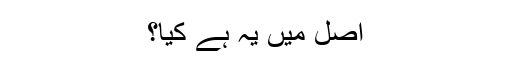
اصل میں یہ ہے کیا؟